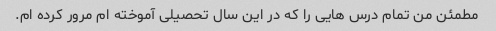
مطمئن من تمام درس هایی را که در این سال تحصیلی آموخته ام مرور کرده ام.